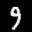
Label: 9